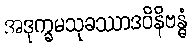
အဒုက္ခမသုခဿာဒဝိနိဗန္ဓံ